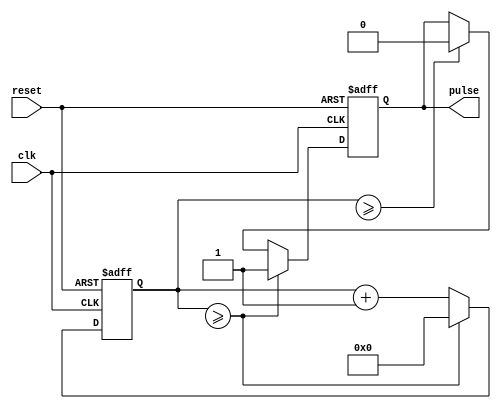
module PulseGenerator(
    input wire clk,
    input wire reset,
    output reg pulse
);

reg [7:0] freq_control;
reg [7:0] duty_cycle_control;
reg [7:0] count;
reg sync_flag;

always @ (posedge clk or posedge reset) begin
    if (reset) begin
        count <= 8'd0;
        pulse <= 1'b0;
        sync_flag <= 1'b0;
    end else begin
        if (count >= freq_control) begin
            count <= 8'd0;
            pulse <= 1'b1;
            sync_flag <= 1'b1;
        end else begin
            count <= count + 8'd1;
            if (count >= duty_cycle_control) begin
                pulse <= 1'b0;
            end
            sync_flag <= 1'b0;
        end
    end
end

endmodule